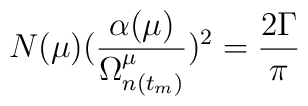
N(\mu) (\frac{\alpha(\mu)}{\Omega^{\mu}_{n(t_m)}})^2 = \frac{2 \Gamma}{\pi}